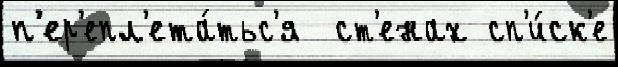
п'ер'епл'ета́тьс'я  ст'енах сп'и́ск'е